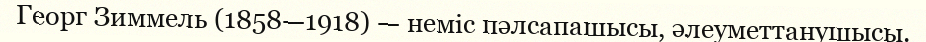
Георг Зиммель (1858—1918) — нeмic пәлсапашысы, әлеуметтанушысы.